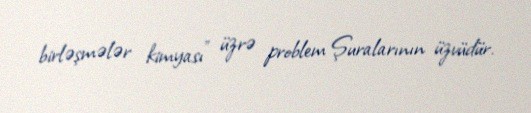
birləşmələr kimyası" üzrə problem Şuralarının üzvüdür.